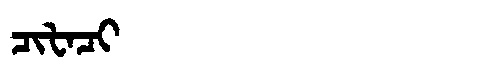
Manchu: ᠴᡳᡶᠠᠴᡳ
Romanization: CIFACI